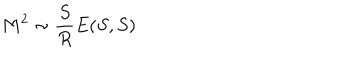
M ^ { 2 } \sim \frac { S } { R } E ( S , S )